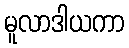
မူလာဒါယကာ